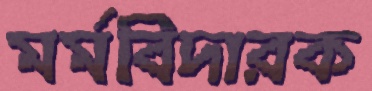
মর্মবিদারক